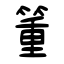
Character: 箽